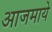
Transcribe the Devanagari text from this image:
आजमाये